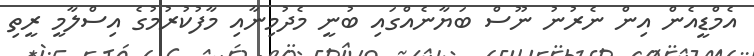
އެމްޑީއެން އިން ނެރުނު ނޫސް ބަޔާނެއްގައި ބުނީ މެދުމިނާއި މާފުކުރުމުގެ އިސްލާމީ ރީތި